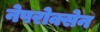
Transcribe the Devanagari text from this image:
नेपरोक्सेन